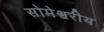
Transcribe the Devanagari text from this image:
सोमेश्वरीय